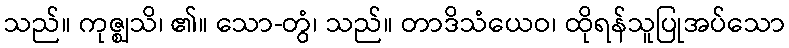
သည်။ ကုဇ္ဈသိ၊ ၏။ သော-တွံ၊ သည်။ တာဒိသံယေဝ၊ ထိုရန်သူပြုအပ်သော